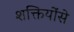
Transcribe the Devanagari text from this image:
शक्तियोंसे